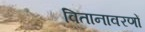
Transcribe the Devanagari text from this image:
वितानावरणों